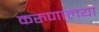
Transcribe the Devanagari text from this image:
करुणालया